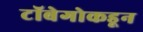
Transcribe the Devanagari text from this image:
टॉबेगोकडून